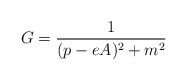
\begin{align*}G=\frac{1}{(p-eA)^{2} +m^{2}}\end{align*}